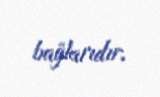
bağlarıdır.